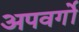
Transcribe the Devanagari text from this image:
अपवर्गो